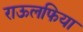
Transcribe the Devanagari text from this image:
राऊलफिया